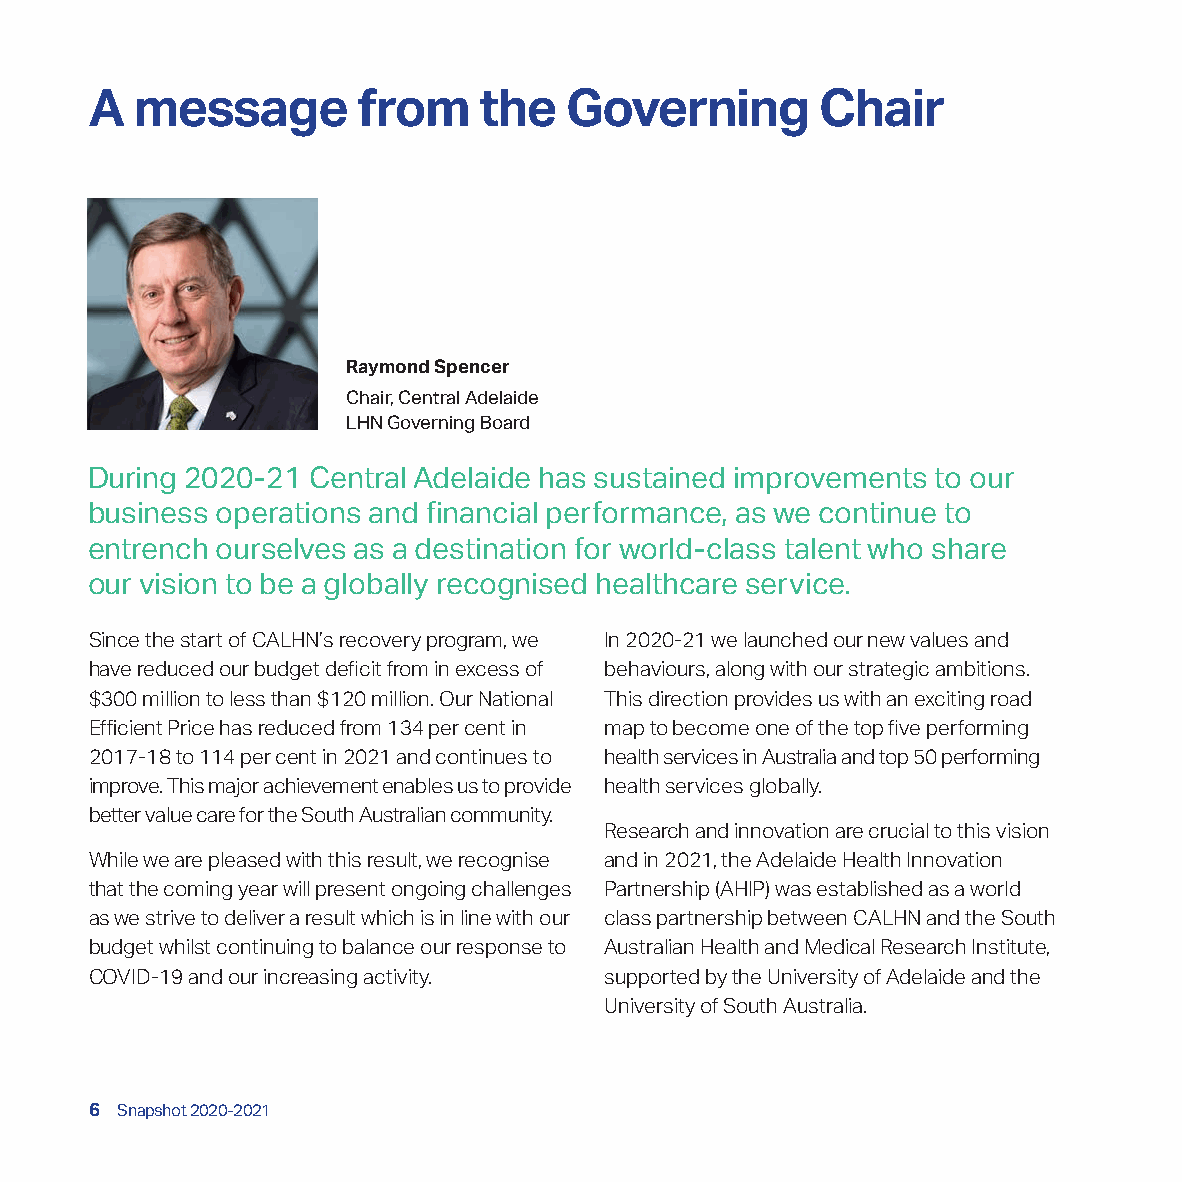
A  message        from    the  Governing        Chair
 Raymond Spencer
 Chair, Central Adelaide
 LHN Governing Board
 During 2020-21 Central Adelaide has sustained improvements to our
 business operations and financial performance, as we continue to
 entrench ourselves as a destination for world-class talent who share
 our vision to be a globally recognised healthcare service.
 Since the start of CALHN’s recovery program, we In 2020-21 we launched our new values and
 have reduced our budget deficit from in excess of behaviours, along with our strategic ambitions.
 $300 million to less than $120 million. Our National This direction provides us with an exciting road
 Efficient Price has reduced from 134 per cent in map to become one of the top five performing
 2017-18 to 114 per cent in 2021 and continues to health services in Australia and top 50 performing
 improve. This major achievement enables us to provide health services globally.
 better value care for the South Australian community.
 Research and innovation are crucial to this vision
 While we are pleased with this result, we recognise and in 2021, the Adelaide Health Innovation
 that the coming year will present ongoing challenges Partnership (AHIP) was established as a world
 as we strive to deliver a result which is in line with our class partnership between CALHN and the South
 budget whilst continuing to balance our response to Australian Health and Medical Research Institute,
 COVID-19 and our increasing activity. supported by the University of Adelaide and the
 University of South Australia.
 6 Snapshot 2020-2021